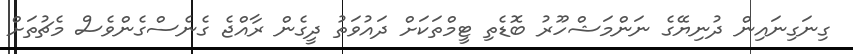
ގިނަގިނައިން ދުނިޔޭގެ ނަންމަޝްހޫރު ބޮޑެތި ޓީމްތަކަށް ދައުވަތު ދީގެން ރާއްޖެ ގެނެސްގެންވެސް މެޗުތަށް